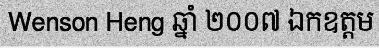
Wenson Heng ឆ្នាំ ២០០៧ ឯកឧត្តម